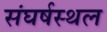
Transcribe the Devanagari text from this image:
संघर्षस्थल